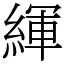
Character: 緷